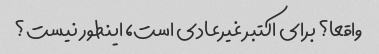
واقعا؟ برای اکتبر غیرعادی است، اینطور نیست؟